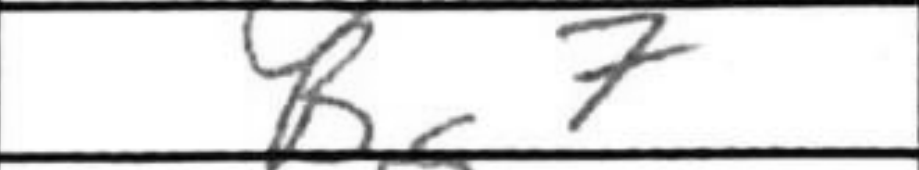
Transcription: Rg7